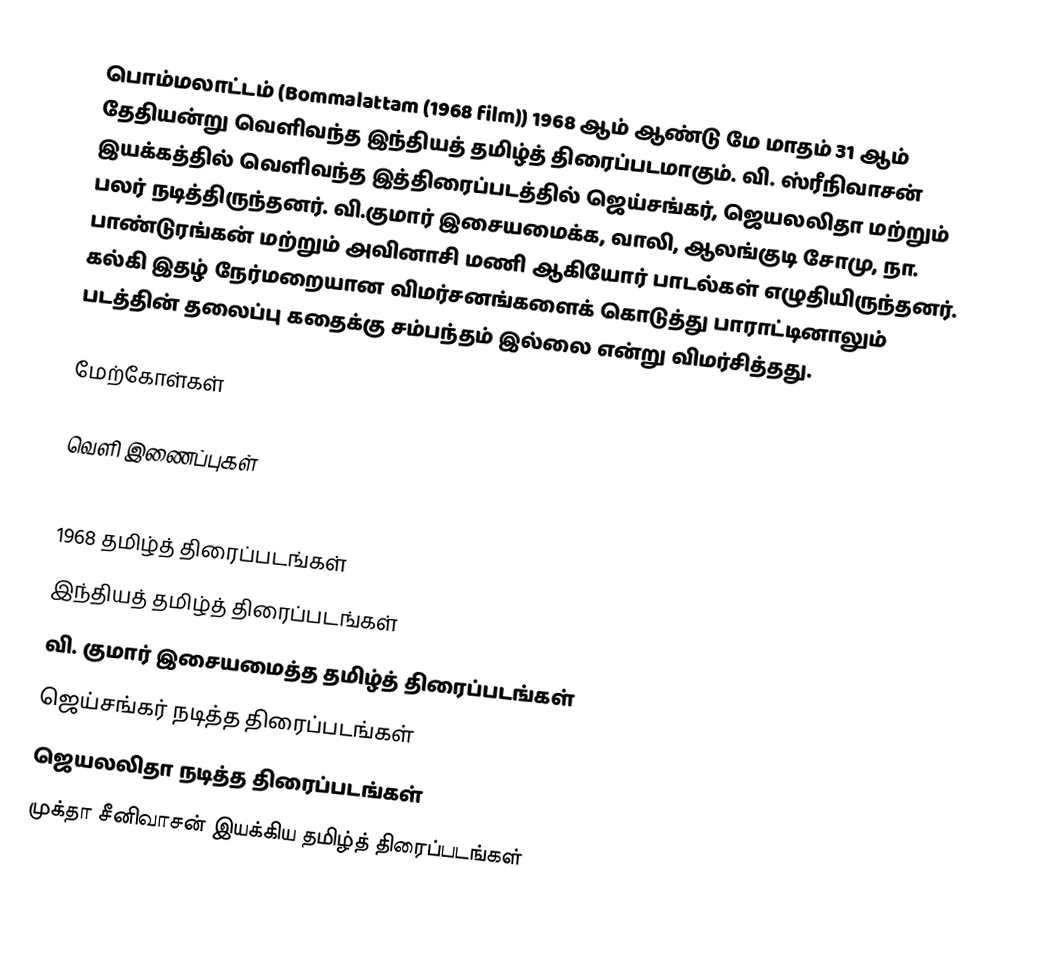
பொம்மலாட்டம் (Bommalattam (1968 film)) 1968 ஆம் ஆண்டு மே மாதம் 31 ஆம் தேதியன்று வெளிவந்த இந்தியத் தமிழ்த் திரைப்படமாகும். வி. ஸ்ரீநிவாசன் இயக்கத்தில் வெளிவந்த இத்திரைப்படத்தில் ஜெய்சங்கர், ஜெயலலிதா மற்றும் பலர் நடித்திருந்தனர். வி.குமார் இசையமைக்க, வாலி, ஆலங்குடி சோமு, நா. பாண்டுரங்கன் மற்றும் அவினாசி மணி ஆகியோர் பாடல்கள் எழுதியிருந்தனர். கல்கி இதழ் நேர்மறையான விமர்சனங்களைக் கொடுத்து பாராட்டினாலும் படத்தின் தலைப்பு கதைக்கு சம்பந்தம் இல்லை என்று விமர்சித்தது.

மேற்கோள்கள்

வெளி இணைப்புகள்

1968 தமிழ்த் திரைப்படங்கள்
இந்தியத் தமிழ்த் திரைப்படங்கள்
வி. குமார் இசையமைத்த தமிழ்த் திரைப்படங்கள்
ஜெய்சங்கர் நடித்த திரைப்படங்கள்
ஜெயலலிதா நடித்த திரைப்படங்கள்
முக்தா சீனிவாசன் இயக்கிய தமிழ்த் திரைப்படங்கள்